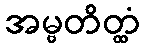
အမ္ဗတိတ္ထံ